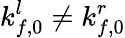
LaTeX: k_{f,0}^{l}\neq k_{f,0}^{r}